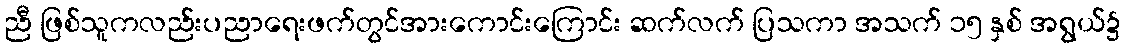
ညီ ဖြစ်သူကလည်းပညာရေးဖက်တွင်အားကောင်းကြောင်း ဆက်လက် ပြသကာ အသက် ၁၅ နှစ် အရွယ်၌